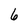
Character: 6